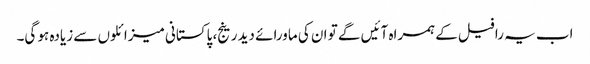
اب یہ رافیل کے ہمراہ آئیں گے تو ان کی ماورائے دید رینج، پاکستانی میزائلوں سے زیادہ ہو گی۔